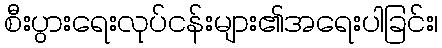
စီးပွားရေးလုပ်ငန်းများ၏အရေးပါခြင်း၊